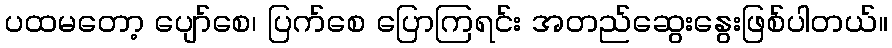
ပထမတော့ ပျော်စေ၊ ပြက်စေ ပြောကြရင်း အတည်ဆွေးနွေးဖြစ်ပါတယ်။